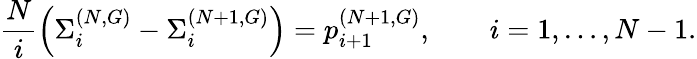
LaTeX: \frac{N}{i}\left(\Sigma_{i}^{(N,G)}-\Sigma_{i}^{(N+1,G)}\right)=p_{i+1}^{(N+1,G)},\qquad i=1,\dots,N-1.